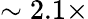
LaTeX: \sim 2.1\times